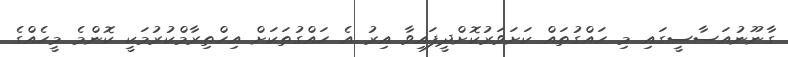
ގާނޫނުއަސާސީގައި މި ހައްގުތައް ކަށަވަރުކޮށްދީފައިވާ އިރު އެ ހައްގުތަކަށް އިހްތިރާމްކުރުމަކީ ކޮންމެ މީހެއްގެ